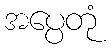
အပ္ပေတုံ